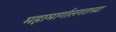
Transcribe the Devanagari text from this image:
महामार्गालगतच्या